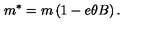
m ^ { * } = m \left( 1 - e \theta B \right) .